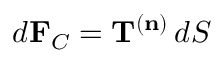
d \mathbf { F } _ { C } = \mathbf { T } ^ { ( \mathbf { n } ) } \, d S